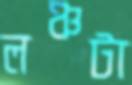
লঞ্চটা